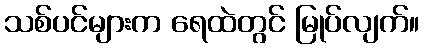
သစ်ပင်များက ရေထဲတွင် မြုပ်လျက်။